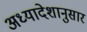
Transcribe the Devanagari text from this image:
अध्यादेशानुसार